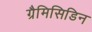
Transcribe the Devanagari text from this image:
ग्रैमिसिडिन